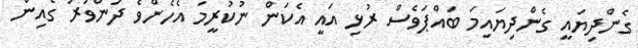
ގެންދިޔައީ ގެންދިޔައިމަ ބައްޕަވެސް ރުޅި އައީ އެކަން ނުކުރީމަ އެހެންވެ ދަންވަރު ގެއިން